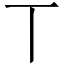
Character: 丅